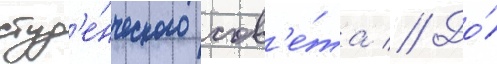
студ'е́нческого сов'е́та // До́